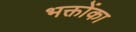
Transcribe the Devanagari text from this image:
भक्तोंका